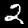
Digit: 2